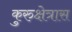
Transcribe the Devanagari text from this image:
कुरुक्षेत्रास